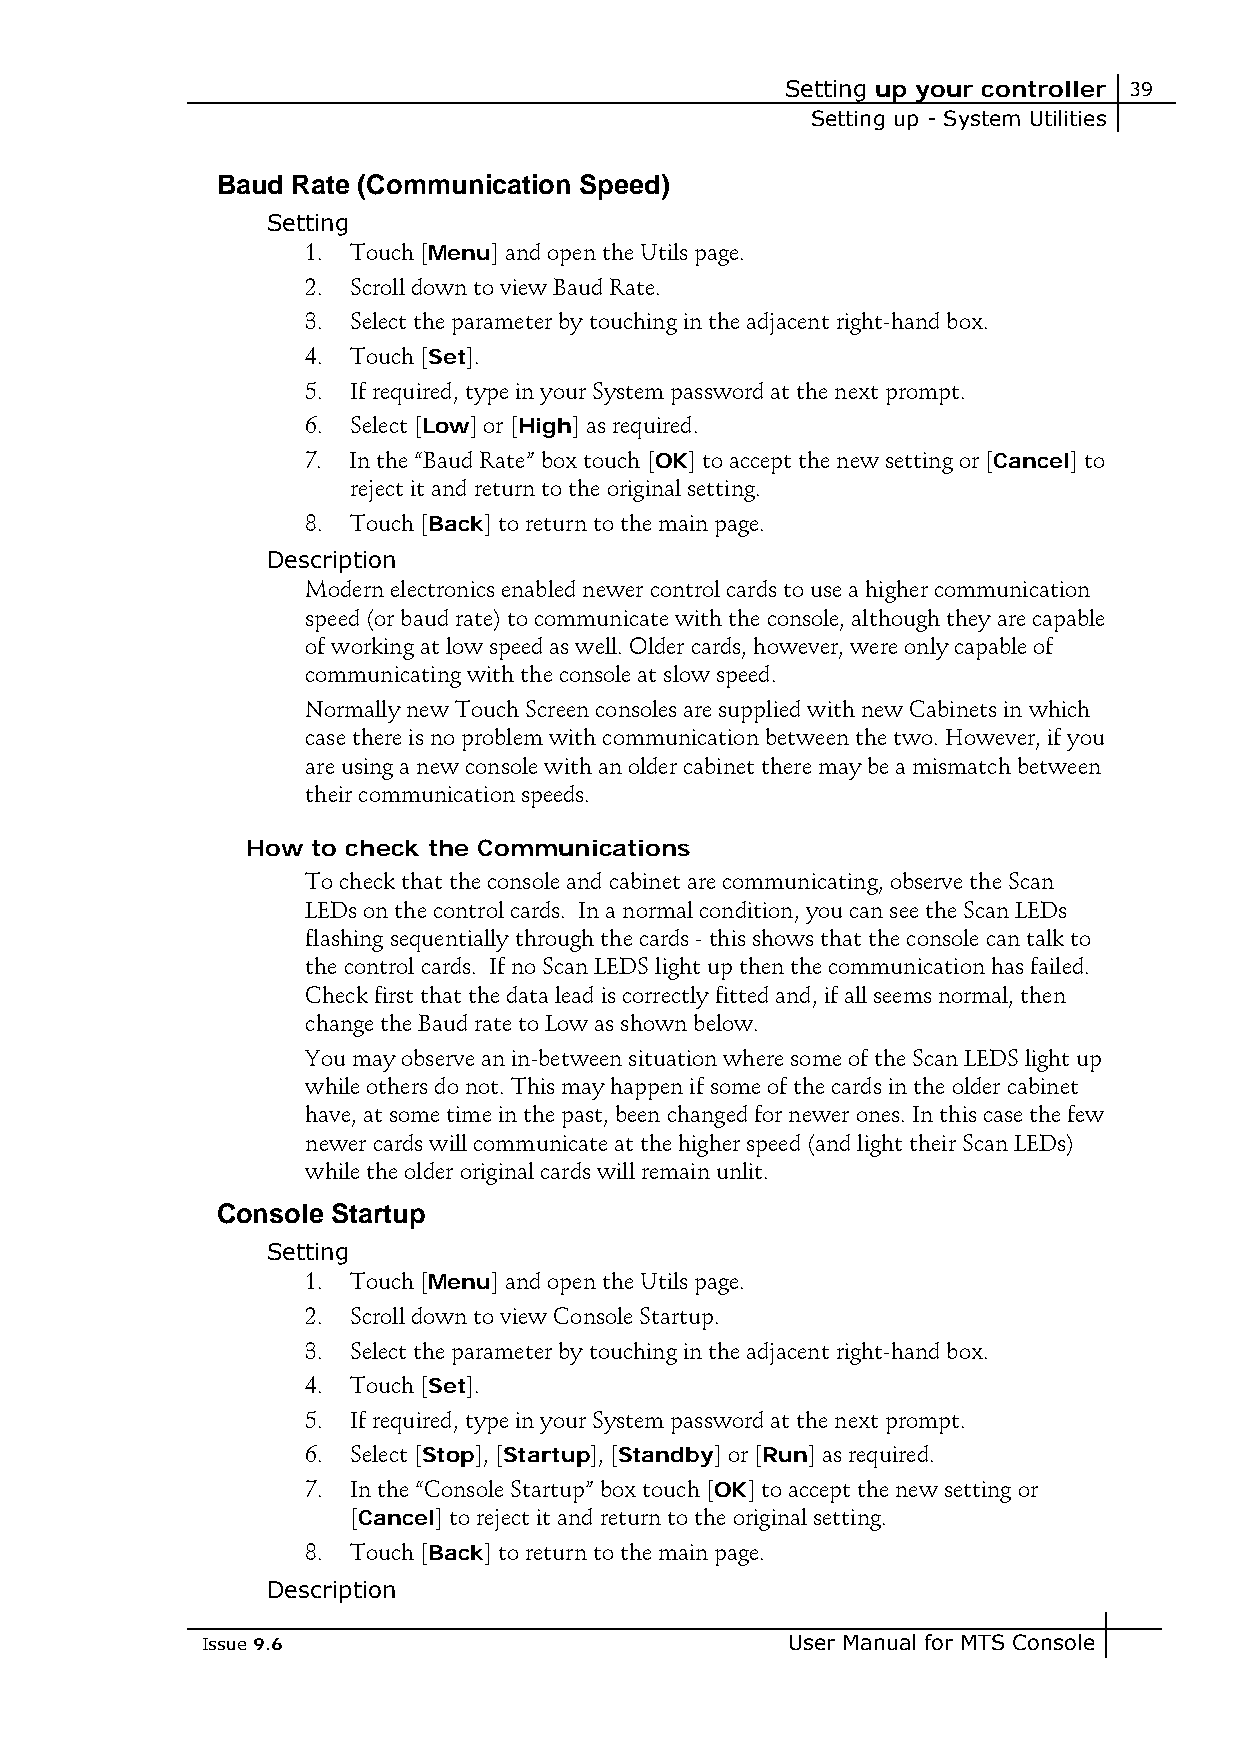
Setting up your controller 39
 Setting up - System Utilities
 Baud Rate (Communication Speed)
 Setting
 1. Touch [Menu] and open the Utils page.
 2. Scroll down to view Baud Rate.
 3. Select the parameter by touching in the adjacent right-hand box.
 4. Touch [Set].
 5. If required, type in your System password at the next prompt.
 6. Select [Low] or [High] as required.
 7. In the “Baud Rate” box touch [OK] to accept the new setting or [Cancel] to
 reject it and return to the original setting.
 8. Touch [Back] to return to the main page.
 Description
 Modern electronics enabled newer control cards to use a higher communication
 speed (or baud rate) to communicate with the console, although they are capable
 of working at low speed as well. Older cards, however, were only capable of
 communicating with the console at slow speed.
 Normally new Touch Screen consoles are supplied with new Cabinets in which
 case there is no problem with communication between the two. However, if you
 are using a new console with an older cabinet there may be a mismatch between
 their communication speeds.
 How  to check the Communications
 To check that the console and cabinet are communicating, observe the Scan
 LEDs on the control cards. In a normal condition, you can see the Scan LEDs
 flashing sequentially through the cards - this shows that the console can talk to
 the control cards. If no Scan LEDS light up then the communication has failed.
 Check first that the data lead is correctly fitted and, if all seems normal, then
 change the Baud rate to Low as shown below.
 You may observe an in-between situation where some of the Scan LEDS light up
 while others do not. This may happen if some of the cards in the older cabinet
 have, at some time in the past, been changed for newer ones. In this case the few
 newer cards will communicate at the higher speed (and light their Scan LEDs)
 while the older original cards will remain unlit.
 Console Startup
 Setting
 1. Touch [Menu] and open the Utils page.
 2. Scroll down to view Console Startup.
 3. Select the parameter by touching in the adjacent right-hand box.
 4. Touch [Set].
 5. If required, type in your System password at the next prompt.
 6. Select [Stop], [Startup], [Standby] or [Run] as required.
 7. In the “Console Startup” box touch [OK] to accept the new setting or
 [Cancel] to reject it and return to the original setting.
 8. Touch [Back] to return to the main page.
 Description
 Issue 9.6                              User Manual for MTS Console